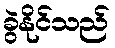
ခွဲနိုင်သည်